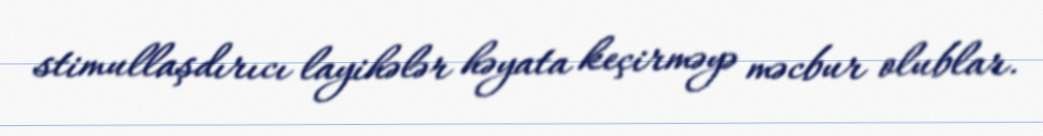
stimullaşdırıcı layihələr həyata keçirməyə məcbur olublar.